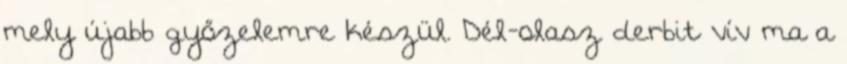
mely újabb győzelemre készül. Dél-olasz derbit vív ma a